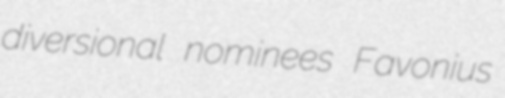
diversional nominees Favonius